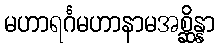
မဟာရင်္ဂမဟာနာမအစ္ဆိန္နာ